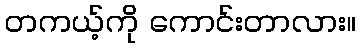
တကယ့်ကို ကောင်းတာလား။